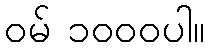
ဝမ် ၁၀၀၀ပါ။